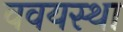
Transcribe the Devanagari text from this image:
ववयस्था